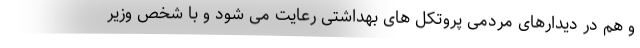
و هم در دیدارهای مردمی پروتکل های بهداشتی رعایت می شود و با شخص وزیر